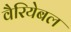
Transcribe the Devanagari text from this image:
वैरियेबल